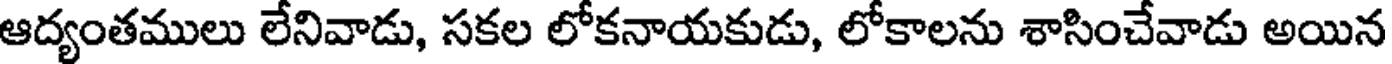
ఆద్యంతములు లేనివాడు, సకల లోకనాయకుడు, లోకాలను శాసించేవాడు అయిన